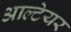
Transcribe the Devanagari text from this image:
आल्टेयर